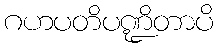
ဂဟပတိပဏ္ဍိတာပိ